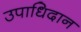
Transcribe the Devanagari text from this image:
उपाधिदान